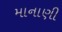
માનાણી